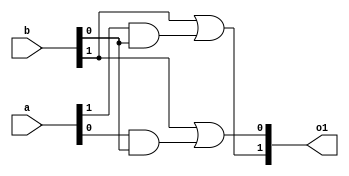
module action(o1,a,b);
//carry 2 bit x(j)=a x(j+1)=b
input [1:0]a;
input [1:0]b;
output [1:0]o1;

assign o1[1] = b[1]|a[1]&b[0];
assign o1[0] = b[1]|a[0]&b[0];
// assign o1[1] = a[1]|b[1]&a[0];
// assign o1[0] = a[1]|b[0]&a[0];

endmodule // action(carry,carryout)